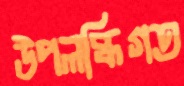
উপলব্ধিগত